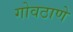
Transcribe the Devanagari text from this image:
गोवठाणे